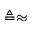
\triangleq \approx